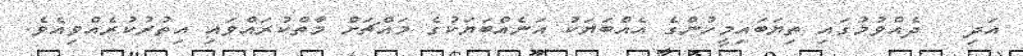
އަދި   ދެއްވުމުގައި ތިޔަބައިމީހުންގެ އެއްބަޔަކު އަނެއްބަޔަކުގެ މައްޗަށް މާތްކުރައްވައި އިތުރުކުރެއްވިއެވެ.